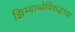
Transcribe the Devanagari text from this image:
झिम्बाब्वेविरुद्धच्या